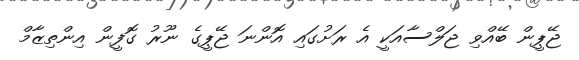
ޖޭޕީން ބޭއްވި ޖަލްސާއަކީ އެ ރަށުގައި އޮންނަ ޖޭޕީގެ ނޫރު ގޮފީން އިންތިޒާމް